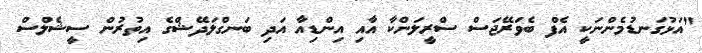
"އަޅުގަނޑުމެންނަކީ އެފް ބެވަރޭޖަސް ސްރީލަންކާ އާއި އިންޑިއާ އަދި ބަނގްލަދޭޝްގެ އިތުރުން ސީޝެލްސް